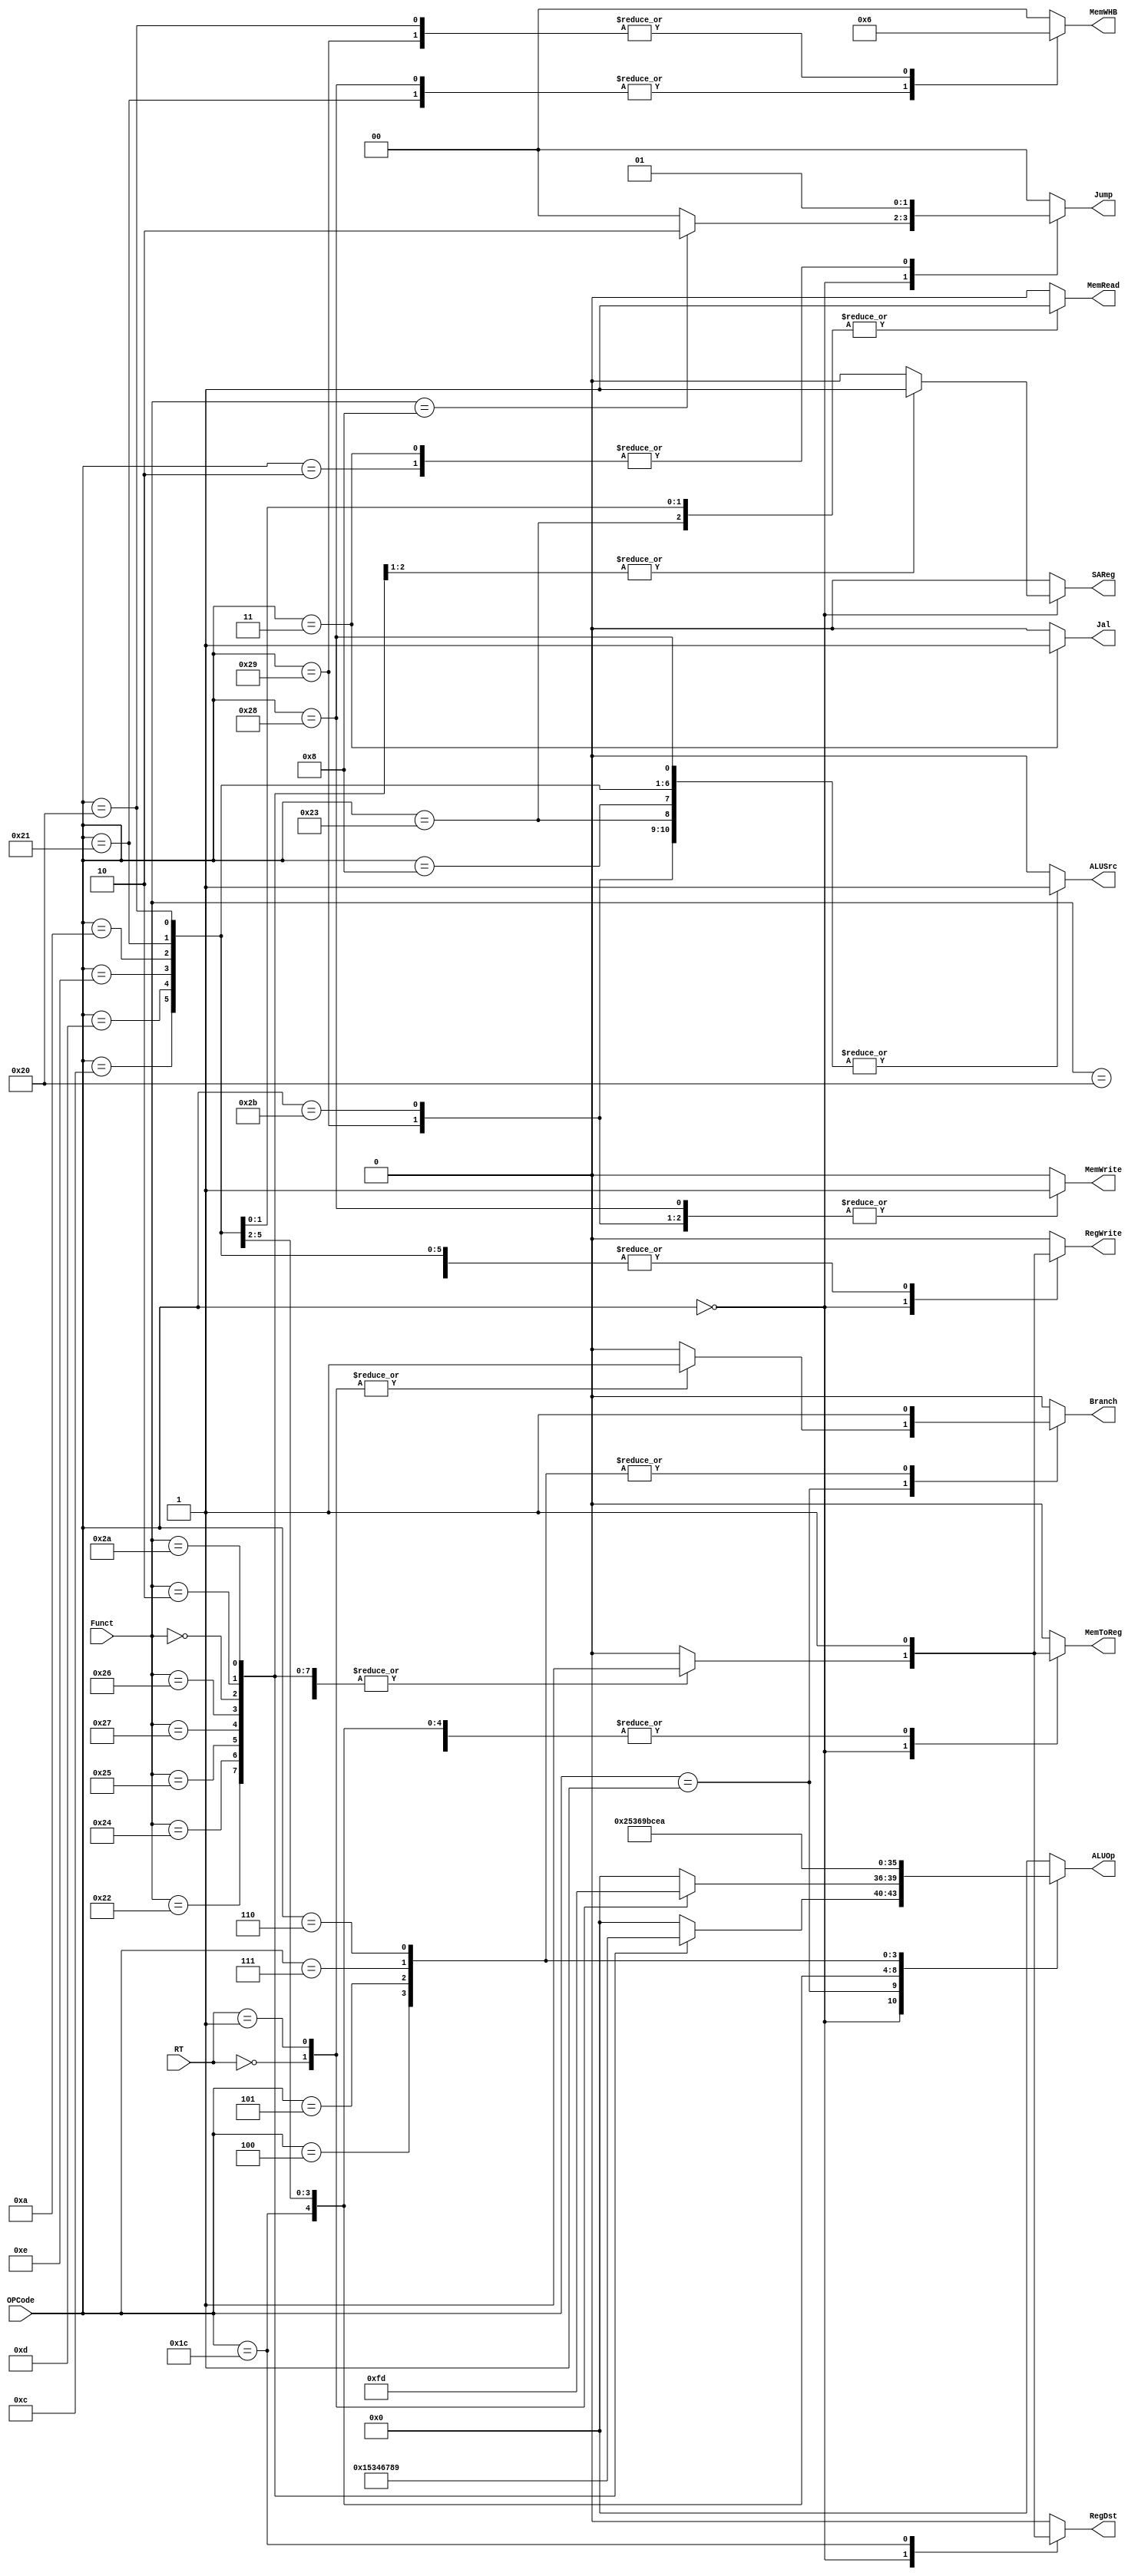
`timescale 1ns / 1ps
//////////////////////////////////////////////////////////////////////////////////
// Company: 
// Engineer: 
// 
// Design Name: 
// Module Name: Controller
// Project Name: 
// Target Devices: 
// Tool Versions: 
// Description: 
// 
// Dependencies: 
// 
// Revision:
// Revision 0.01 - File Created
// Additional Comments:
// 
//////////////////////////////////////////////////////////////////////////////////
//Percentages
//Mason: 33%
//Alex: 33%
// Ali: 33%

module Controller(
	input [31:26] OPCode, // control bits for ALU operation
    input [5:0] Funct,
    input [20:16] RT,
    
    output reg RegWrite,
    output reg Branch,
    output reg [3:0] ALUOp,
    output reg RegDst,
    output reg ALUSrc,
    output reg MemWrite,
    output reg MemRead,
    output reg MemToReg,
    output reg [1:0] Jump,
    output reg Jal,
    output reg SAReg,
    output reg [1:0] MemWHB
    );
    //We used Zybooks to get the OPcode values using a table.
    initial begin
        Jump <= 0;
        Jal <= 0;
        Branch <= 0;
    end
    
	always @(OPCode, Funct, RT) begin
	    RegWrite <= 0;
        Branch <= 0;
        ALUOp<= 4'b0000;
        RegDst <= 0;
        ALUSrc <= 0;
        MemWrite <= 0;
        MemRead <=0;
        MemToReg <= 0;
        Jump <= 2'b00;
        Jal <= 0;
        SAReg <= 0;
        MemWHB <= 2'b00;
		case(OPCode)
            6'b000000: begin //0 opcode
                case(Funct)
                    //these are all the R-type functions
                    6'd32: begin //add
//                        $display("u didnt get here right");
                        RegWrite <= 1;
                        Branch <= 0;
                        ALUOp<= 4'b0000;
                        RegDst <= 1;
                        ALUSrc <= 0;
                        MemWrite <= 0;
                        MemRead <=0;
                        MemToReg <= 1;
                        Jump <= 2'b00;
                        Jal <= 0;
                        SAReg <= 0;
                        MemWHB <= 2'b00;
                        end
                    
                    6'd34: begin //sub
                        RegWrite <= 1;
                        Branch <= 0;
                        ALUOp<= 4'b0001;
                        RegDst <= 1;
                        ALUSrc <= 0;
                        MemWrite<= 0;
                        MemRead<=0;
                        MemToReg <= 1;
                        Jump <= 2'b00;
                        Jal <= 0;
                        SAReg <= 0;
                        MemWHB <= 2'b00;
                        end
                        
                    6'd36: begin //and
                        RegWrite <= 1;
                        Branch <= 0;
                        ALUOp<= 4'b0101;
                        RegDst <= 1;
                        ALUSrc <= 0;
                        MemWrite<= 0;
                        MemRead<=0;
                        MemToReg <= 1;
                        Jump <= 2'b00;
                        Jal <= 0;
                        SAReg <= 0;
                        MemWHB <= 2'b00;
                        end
                        
                    6'd37: begin //or
                        RegWrite <= 1;
                        Branch <= 0;
                        ALUOp<= 4'b0011;
                        RegDst <= 1;
                        ALUSrc <= 0;
                        MemWrite<= 0;
                        MemRead<=0;
                        MemToReg <= 1;
                        Jump <= 2'b00;
                        Jal <= 0;
                        SAReg <= 0;
                        MemWHB <= 2'b00;
                        end
                        
                    6'd39: begin //nor
                        RegWrite <= 1;
                        Branch <= 0;
                        ALUOp<= 4'b0100;
                        RegDst <= 1;
                        ALUSrc <= 0;
                        MemWrite<= 0;
                        MemRead<=0;
                        MemToReg <= 1;
                        Jump <= 2'b00;
                        Jal <= 0;
                        SAReg <= 0;
                        MemWHB <= 2'b00;
                        end
                        
                    6'd38: begin //xor
                        RegWrite <= 1;
                        Branch <= 0;
                        ALUOp<= 4'b0110;
                        RegDst <= 1;
                        ALUSrc <= 0;
                        MemWrite<= 0;
                        MemRead<=0;
                        MemToReg <= 1;
                        Jump <= 2'b00;
                        Jal <= 0;
                        SAReg <= 0;
                        MemWHB <= 2'b00;
                        end
                        
                    6'd0: begin //sll
                        RegWrite <= 1;
                        Branch <= 0;
                        ALUOp<= 4'b0111;
                        RegDst <= 1;
                        ALUSrc <= 0;
                        MemWrite<= 0;
                        MemRead<=0;
                        MemToReg <= 1;
                        Jump <= 2'b00;
                        Jal <= 0;
                        SAReg <= 1;
                        MemWHB <= 2'b00;
                        end
                        
                    6'd2: begin //srl
                        RegWrite <= 1;
                        Branch <= 0;
                        ALUOp<= 4'b1000;
                        RegDst <= 1;
                        ALUSrc <= 0;
                        MemWrite<= 0;
                        MemRead<=0;
                        MemToReg <= 1;
                        Jump <= 2'b00;
                        Jal <= 0;
                        SAReg <= 1;
                        MemWHB <= 2'b00;
                        end
                        
                    6'd42: begin //slt
                        RegWrite <= 1;
                        Branch <= 0;
                        ALUOp<= 4'b1001;
                        RegDst <= 1;
                        ALUSrc <= 0;
                        MemWrite<= 0;
                        MemRead<=0;
                        MemToReg <= 1;
                        Jump <= 2'b00;
                        Jal <= 0;
                        SAReg <= 0;
                        MemWHB <= 2'b00;
                        end
                    
                    6'd8: begin//jr
                        RegWrite <= 0;
                        Branch <= 0;
                        ALUOp<= 4'b0000;
                        RegDst <= 0;
                        ALUSrc <= 0;
                        MemWrite<= 0;
                        MemRead<=0;
                        MemToReg <= 0;
                        Jump <= 2'b10;
                        Jal <= 0;
                        SAReg <= 0;
                        MemWHB <= 2'b00;
                        end 
                endcase
                
             end
            6'b000001: begin //1 opcode
                case(RT)
                    5'd0: begin //bltz
                        RegWrite <= 0;
                        Branch <= 1;
                        ALUOp<= 4'b1111;
                        RegDst <= 0;
                        ALUSrc <= 0;
                        MemWrite<= 0;
                        MemRead<=0;
                        MemToReg <= 0;
                        Jump <= 2'b00;
                        Jal <= 0;
                        SAReg <= 0;
                        MemWHB <= 2'b00;
                    end
                    
                    5'd1: begin //bgez
                        RegWrite <= 0;
                        Branch <= 1;
                        ALUOp<= 4'b1101;
                        RegDst <= 0;
                        ALUSrc <= 0;
                        MemWrite<= 0;
                        MemRead<=0;
                        MemToReg <= 0;
                        Jump <= 2'b00;
                        Jal <= 0;
                        SAReg <= 0;
                        MemWHB <= 2'b00;
                    end
                endcase
            end
            //real opcodes below 
            6'b001000: begin//addi
                RegWrite <= 1;
                Branch <= 0;
                ALUOp<= 4'b0000;
                RegDst <= 0;
                ALUSrc <= 1;
                MemWrite<= 0;
                MemRead<=0;
                MemToReg <= 1;
                Jump <= 2'b00;
                Jal <= 0;
                SAReg <= 0;
                MemWHB <= 2'b00;
             end
             
             //ik its weird mul isnt an r-type
             6'b011100: begin//mul
                RegWrite <= 1;
                Branch <= 0;
                ALUOp<= 4'b0010;
                RegDst <= 1;
                ALUSrc <= 0;
                MemWrite<= 0;
                MemRead<=0;
                MemToReg <= 1;
                Jump <= 2'b00;
                Jal <= 0;
                SAReg <= 0;
                MemWHB <= 2'b00;
                end
             
             6'b001100: begin//andi
                RegWrite <= 1;
                Branch <= 0;
                ALUOp<= 4'b0101;
                RegDst <= 0;
                ALUSrc <= 1;
                MemWrite<= 0;
                MemRead<=0;
                MemToReg <= 1;
                Jump <= 2'b00;
                Jal <= 0;
                SAReg <= 0;
                MemWHB <= 2'b00;
                end
                
             6'b001101: begin//ori
                RegWrite <= 1;
                Branch <= 0;
                ALUOp<= 4'b0011;
                RegDst <= 0;
                ALUSrc <= 1;
                MemWrite<= 0;
                MemRead<=0;
                MemToReg <= 1;
                Jump <= 2'b00;
                Jal <= 0;
                SAReg <= 0;
                MemWHB <= 2'b00;
                end
                
             6'b001110: begin//xori
                RegWrite <= 1;
                Branch <= 0;
                ALUOp<= 4'b0110;
                RegDst <= 0;
                ALUSrc <= 1;
                MemWrite<= 0;
                MemRead<=0;
                MemToReg <= 1;
                Jump <= 2'b00;
                Jal <= 0;
                SAReg <= 0;
                MemWHB <= 2'b00;
                end
             
             6'b001010: begin//slti
                RegWrite <= 1;
                Branch <= 0;
                ALUOp<= 4'b1001;
                RegDst <= 0;
                ALUSrc <= 1;
                MemWrite<= 0;
                MemRead<=0;
                MemToReg <= 1;
                Jump <= 2'b00;
                Jal <= 0;
                SAReg <= 0;
                MemWHB <= 2'b00;
                end
                
             6'b000010: begin//j
                RegWrite <= 0;
                Branch <= 0;
                ALUOp<= 4'b0000;
                RegDst <= 0;
                ALUSrc <= 0;
                MemWrite<= 0;
                MemRead<=0;
                MemToReg <= 0;
                Jump <= 2'b01;
                Jal <= 0;
                SAReg <= 0;
                MemWHB <= 2'b00;
                end
                
             6'b000011: begin//jal
                RegWrite <= 0;
                Branch <= 0;
                ALUOp<= 4'b0000;
                RegDst <= 0;
                ALUSrc <= 0;
                MemWrite<= 0;
                MemRead<=0;
                MemToReg <= 0;
                Jump <= 2'b01;
                Jal <= 1;
                SAReg <= 0;
                MemWHB <= 2'b00;
                end
                
             6'b100011: begin//lw
                RegWrite <= 1;
                Branch <= 0;
                ALUOp<= 4'b0000;
                RegDst <= 0;
                ALUSrc <= 1;
                MemWrite<= 0;
                MemRead<=1;
                MemToReg <= 0;
                Jump <= 2'b00;
                Jal <= 0;
                SAReg <= 0;
                MemWHB <= 2'b00;
                end
                
             6'b100001: begin//lh
                RegWrite <= 1;
                Branch <= 0;
                ALUOp<= 4'b0000;
                RegDst <= 0;
                ALUSrc <= 1;
                MemWrite<= 0;
                MemRead<=1;
                MemToReg <= 0;
                Jump <= 2'b00;
                Jal <= 0;
                SAReg <= 0;
                MemWHB <= 2'b01;
                end
                
             6'b100000: begin//lb
                RegWrite <= 1;
                Branch <= 0;
                ALUOp<= 4'b0000;
                RegDst <= 0;
                ALUSrc <= 1;
                MemWrite<= 0;
                MemRead<=1;
                MemToReg <= 0;
                Jump <= 2'b00;
                Jal <= 0;
                SAReg <= 0;
                MemWHB <= 2'b10;
                end
                
              6'b101000: begin//sh
                RegWrite <= 0;
                Branch <= 0;
                ALUOp<= 4'b0000;
                RegDst <= 0;
                ALUSrc <= 1;
                MemWrite<= 1;
                MemRead<=0;
                MemToReg <= 0;
                Jump <= 2'b00;
                Jal <= 0;
                SAReg <= 0;
                MemWHB <= 2'b01;
                end
             
             6'b101001: begin//sb
                RegWrite <= 0;
                Branch <= 0;
                ALUOp<= 4'b0000;
                RegDst <= 0;
                ALUSrc <= 1;
                MemWrite<= 1;
                MemRead<=0;
                MemToReg <= 0;
                Jump <= 2'b00;
                Jal <= 0;
                SAReg <= 0;
                MemWHB <= 2'b10;
                end
             
             6'b101011: begin//sw
                RegWrite <= 0;
                Branch <= 0;
                ALUOp<= 4'b0000;
                RegDst <= 0;
                ALUSrc <= 1;
                MemWrite<= 1;
                MemRead<=0;
                MemToReg <= 0;
                Jump <= 2'b00;
                Jal <= 0;
                SAReg <= 0;
                MemWHB <= 2'b00;
                end
                
             6'b000100: begin //beq
                        RegWrite <= 0;
                        Branch <= 1;
                        ALUOp<= 4'b1011;
                        RegDst <= 0;
                        ALUSrc <= 0;
                        MemWrite<= 0;
                        MemRead<=0;
                        MemToReg <= 0;
                        Jump <= 2'b00;
                        Jal <= 0;
                        SAReg <= 0;
                        MemWHB <= 2'b00;
                    end
             
             6'b000101: begin //bne
                        RegWrite <= 0;
                        Branch <= 1;
                        ALUOp<= 4'b1100;
                        RegDst <= 0;
                        ALUSrc <= 0;
                        MemWrite<= 0;
                        MemRead<=0;
                        MemToReg <= 0;
                        Jump <= 2'b00;
                        Jal <= 0;
                        SAReg <= 0;
                        MemWHB <= 2'b00;
                    end
                    
              6'b000111: begin //bgtz
                        RegWrite <= 0;
                        Branch <= 1;
                        ALUOp<= 4'b1110;
                        RegDst <= 0;
                        ALUSrc <= 0;
                        MemWrite<= 0;
                        MemRead<=0;
                        MemToReg <= 0;
                        Jump <= 2'b00;
                        Jal <= 0;
                        SAReg <= 0;
                        MemWHB <= 2'b00;
                    end
               6'b000110: begin //blez
                        RegWrite <= 0;
                        Branch <= 1;
                        ALUOp<= 4'b1010;
                        RegDst <= 0;
                        ALUSrc <= 0;
                        MemWrite<= 0;
                        MemRead<=0;
                        MemToReg <= 0;
                        Jump <= 2'b00;
                        Jal <= 0;
                        SAReg <= 0;
                        MemWHB <= 2'b00;
                    end       
		endcase
	end 
	
endmodule